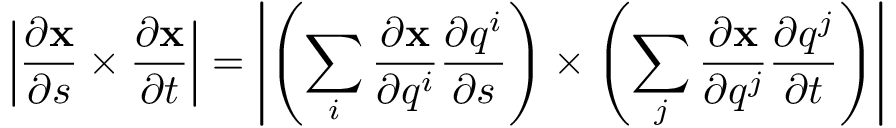
\left| { \frac { \partial \mathbf { x } } { \partial s } } \times { \frac { \partial \mathbf { x } } { \partial t } } \right| = \left| \left( \sum _ { i } { \frac { \partial \mathbf { x } } { \partial q ^ { i } } } { \frac { \partial q ^ { i } } { \partial s } } \right) \times \left( \sum _ { j } { \frac { \partial \mathbf { x } } { \partial q ^ { j } } } { \frac { \partial q ^ { j } } { \partial t } } \right) \right|